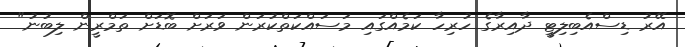
އޭރު ޑިސްއެބިލިޓީ ދާއިރާގެ ހުރިހާ ކަމެއްގައި މަސައްކަތްކުރަން ވަރަށް ބޮޑަށް ތަމްރީން ލިބުނު"